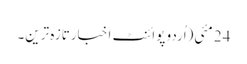
24 مئی(اُردو پوائنٹ اخبارتازہ ترین۔